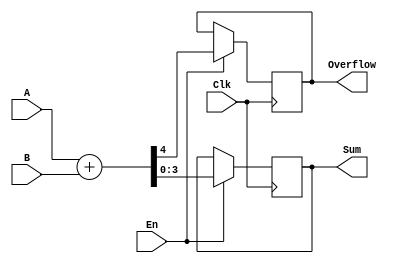
`timescale 1ns / 1ps
//////////////////////////////////////////////////////////////////////////////////
// Company: 
// Engineer: 
// 
// Design Name: 
// Module Name:    adder 
// Project Name: 
// Target Devices: 
// Tool versions: 
// Description: 
//
// Dependencies: 
//
// Revision: 
// Revision 0.01 - File Created
// Additional Comments: 
//
//////////////////////////////////////////////////////////////////////////////////
module adder(
    input Clk,
    input En,
    input [3:0] A,
    input [3:0] B,
    output [3:0] Sum,
    output Overflow
    );
	reg[3:0] a;
	reg b;
	assign Sum = a;
	assign Overflow = b;
	initial begin
		a <= 4'b0;
		b <= 0;
	end
	always@(posedge Clk)begin
		if(En)begin
		{b,a} <= A + B;	
		end
	end

endmodule